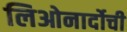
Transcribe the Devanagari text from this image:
लिओनार्दोची